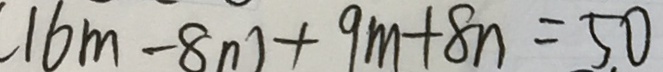
( 1 6 m - 8 n ) + 9 m + 8 n = 5 0